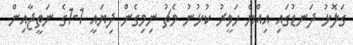
ގަލޮޅު ދަނޑުގައި އިއްޔެ ހަވީރު ކުޅުނު މެޗު ނިމިގެން ދިޔައީ 1-1ގެ ނަތީޖާއިން